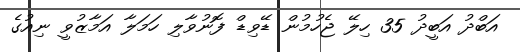
އަބްދު އަބީދު 35 ހިލޭ ޖެހުމުން ޑޭވިޑް ފޮނުވާލި ހަމަލާ އަމާޒުވީ ނިއުގެ